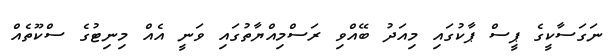
ނަގަސާކީގެ ޕީސް ޕާކުގައި މިއަދު ބޭއްވި ރަސްމިއްޔާތުގައި ވަނީ އެއް މިނިޓުގެ ސްކޫތެއް